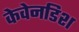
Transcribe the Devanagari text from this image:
केवेनडिश